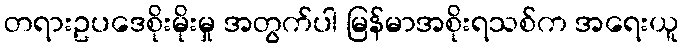
တရားဥပဒေစိုးမိုးမှု အတွက်ပါ မြန်မာအစိုးရသစ်က အရေးယူ